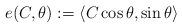
LaTeX: \begin{align*} e(C,\theta):=\langle C\cos\theta,\sin\theta\rangle \end{align*}